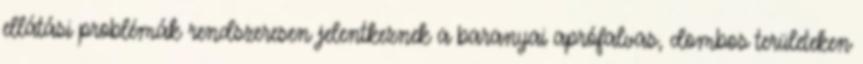
ellátási problémák rendszeresen jelentkeznek a baranyai aprófalvas, dombos területeken